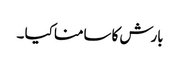
بارش کا سامنا کیا ۔